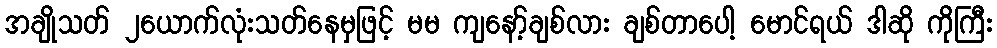
အချိုသတ် ၂ယောက်လုံးသတ်နေမှဖြင့် မမ ကျနော့်ချစ်လား ချစ်တာပေါ့ မောင်ရယ် ဒါဆို ကိုကြီး